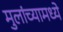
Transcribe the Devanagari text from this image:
मुलांच्यामध्ये